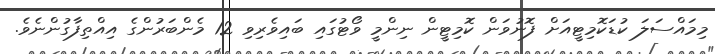
މިމައްސަލަ ކުޑަކޮމިޓީއަށް ފޮނުވަން ކޮމިޓީން ނިންމީ ވޯޓުގައި ބައިވެރިވި 12 މެންބަރުންގެ އިއްތިފާގުންނެވެ.